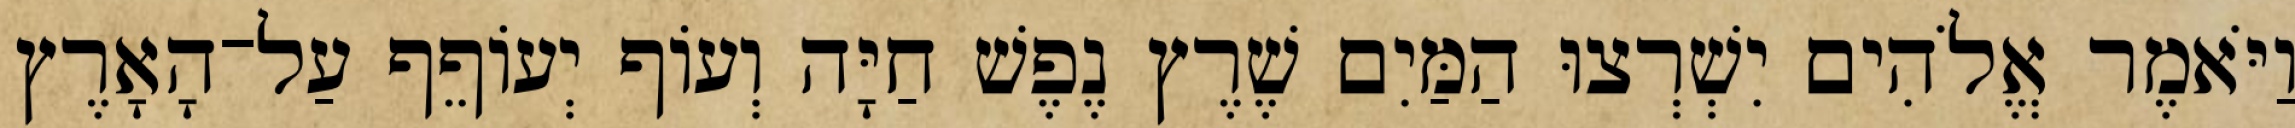
וַיֹּאמֶר אֱלֹהִים יִשְׁרְצוּ הַמַּיִם שֶׁרֶץ נֶפֶשׁ חַיָּה וְעֹוף יְעֹוףֵף עַל־הָאָרֶץ